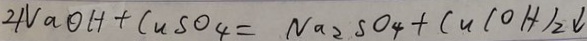
2 N a O H + C u S O _ { 4 } = N a _ { 2 } S O _ { 4 } + C u ( O H ) _ { 2 } \downarrow